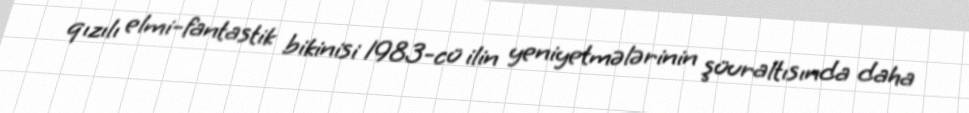
qızılı elmi-fantastik bikinisi 1983-cü ilin yeniyetmələrinin şüuraltısında daha